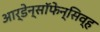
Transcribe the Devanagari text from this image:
आर्डेन्सॉफेन्सिव्ह